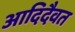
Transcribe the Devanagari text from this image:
आदिदैवत